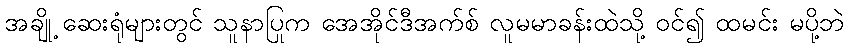
အချို့ ဆေးရုံများတွင် သူနာပြုက အေအိုင်ဒီအက်စ် လူမမာခန်းထဲသို့ ဝင်၍ ထမင်း မပို့ဘဲ